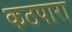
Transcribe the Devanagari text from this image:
कठपारा